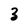
Character: 3